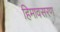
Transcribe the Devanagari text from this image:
हिमावसरण